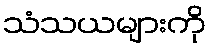
သံသယများကို